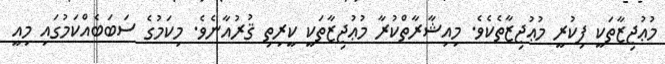
މުޢުޖިޒާތަކީ ފިކުރީ މުޢުޖިޒާތެކެވެ. މިއިޝާރާތްކުރާ މުޢުޖިޒާތަކީ ކީރިތި ޤުރުއާނެވެ. މިކަމުގެ ސަބަބެއްކަމުގައި މިއީ